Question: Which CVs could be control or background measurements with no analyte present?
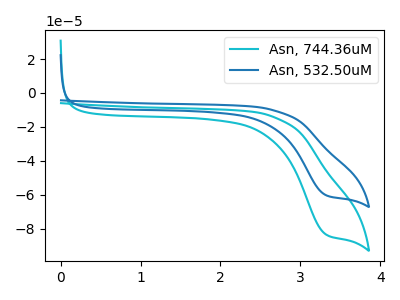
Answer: <think>The cyan curve "Asn, 744.36uM" has a cathodic peak at: (3.30V, -83.30uA). The blue curve "Asn, 532.50uM" has a cathodic peak at: (3.30V, -60.20uA).</think>
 <answer>There are not any CV's on this graph that are likely to be blanks.</answer>
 <eval>none</eval>